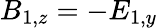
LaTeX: B_{1,z}=-E_{1,y}